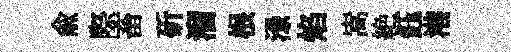
俞際畜斫溜根渌焰嵩絶鈺港